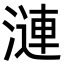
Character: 漣